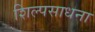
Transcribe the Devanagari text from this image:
शिल्पसाधना